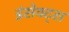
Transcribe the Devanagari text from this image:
इंसेक्ट्स